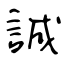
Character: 誠